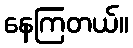
နေကြတယ်။